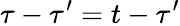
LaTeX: \tau-\tau^{\prime}=t-\tau^{\prime}